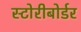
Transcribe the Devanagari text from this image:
स्टोरीबोर्डर